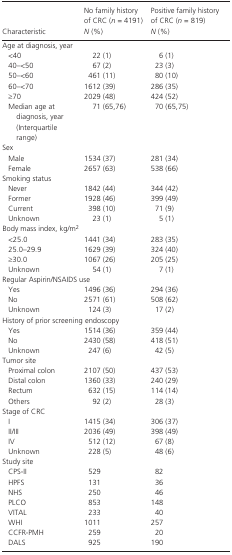
<table><thead><tr><td><b>Characteristic</b></td><td><b>No family history of CRC (<i>n</i> = 4191) <i>N</i> (%)</b></td><td><b>Positive family history of CRC (<i>n</i> = 819) <i>N</i> (%)</b></td></tr></thead><tbody><tr><td colspan="3">Age at diagnosis, year</td></tr><tr><td>&lt;40</td><td>22 (1)</td><td>6 (1)</td></tr><tr><td>40–&lt;50</td><td>67 (2)</td><td>23 (3)</td></tr><tr><td>50–&lt;60</td><td>461 (11)</td><td>80 (10)</td></tr><tr><td>60–&lt;70</td><td>1612 (39)</td><td>286 (35)</td></tr><tr><td>≥70</td><td>2029 (48)</td><td>424 (52)</td></tr><tr><td>Median age at diagnosis, year (Interquartile range)</td><td>71 (65,76)</td><td>70 (65,75)</td></tr><tr><td colspan="3">Sex</td></tr><tr><td>Male</td><td>1534 (37)</td><td>281 (34)</td></tr><tr><td>Female</td><td>2657 (63)</td><td>538 (66)</td></tr><tr><td colspan="3">Smoking status</td></tr><tr><td>Never</td><td>1842 (44)</td><td>344 (42)</td></tr><tr><td>Former</td><td>1928 (46)</td><td>399 (49)</td></tr><tr><td>Current</td><td>398 (10)</td><td>71 (9)</td></tr><tr><td>Unknown</td><td>23 (1)</td><td>5 (1)</td></tr><tr><td colspan="3">Body mass index, kg/m<sup>2</sup></td></tr><tr><td>&lt;25.0</td><td>1441 (34)</td><td>283 (35)</td></tr><tr><td>25.0–29.9</td><td>1629 (39)</td><td>324 (40)</td></tr><tr><td>≥30.0</td><td>1067 (26)</td><td>205 (25)</td></tr><tr><td>Unknown</td><td>54 (1)</td><td>7 (1)</td></tr><tr><td colspan="3">Regular Aspirin/NSAIDS use</td></tr><tr><td>Yes</td><td>1496 (36)</td><td>294 (36)</td></tr><tr><td>No</td><td>2571 (61)</td><td>508 (62)</td></tr><tr><td>Unknown</td><td>124 (3)</td><td>17 (2)</td></tr><tr><td colspan="3">History of prior screening endoscopy</td></tr><tr><td>Yes</td><td>1514 (36)</td><td>359 (44)</td></tr><tr><td>No</td><td>2430 (58)</td><td>418 (51)</td></tr><tr><td>Unknown</td><td>247 (6)</td><td>42 (5)</td></tr><tr><td colspan="3">Tumor site</td></tr><tr><td>Proximal colon</td><td>2107 (50)</td><td>437 (53)</td></tr><tr><td>Distal colon</td><td>1360 (33)</td><td>240 (29)</td></tr><tr><td>Rectum</td><td>632 (15)</td><td>114 (14)</td></tr><tr><td>Others</td><td>92 (2)</td><td>28 (3)</td></tr><tr><td colspan="3">Stage of CRC</td></tr><tr><td>I</td><td>1415 (34)</td><td>306 (37)</td></tr><tr><td>II/III</td><td>2036 (49)</td><td>398 (49)</td></tr><tr><td>IV</td><td>512 (12)</td><td>67 (8)</td></tr><tr><td>Unknown</td><td>228 (5)</td><td>48 (6)</td></tr><tr><td colspan="3">Study site</td></tr><tr><td>CPS‐II</td><td>529</td><td>82</td></tr><tr><td>HPFS</td><td>131</td><td>36</td></tr><tr><td>NHS</td><td>250</td><td>46</td></tr><tr><td>PLCO</td><td>853</td><td>148</td></tr><tr><td>VITAL</td><td>233</td><td>40</td></tr><tr><td>WHI</td><td>1011</td><td>257</td></tr><tr><td>CCFR‐PMH</td><td>259</td><td>20</td></tr><tr><td>DALS</td><td>925</td><td>190</td></tr></tbody></table>